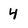
Character: 4